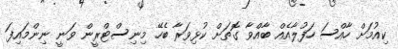
ކިއުމަށް ހާއްސަ ހަފުލާއެއް ބާއްވާ ގޮތަށް ކުޅިވަރާ ބެހޭ މިނިސްޓްރީން ވަނީ ނިންމައިފަ